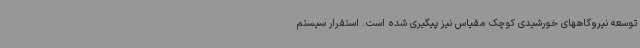
توسعه نیروگاههای خورشیدی کوچک مقیاس نیز پیگیری شده است. استقرار سیستم